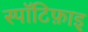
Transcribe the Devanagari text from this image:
स्पॉटिफ़ाइ